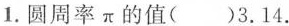
1.圆周率π的值( )3.14.